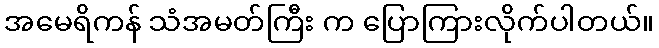
အမေရိကန် သံအမတ်ကြီး က ပြောကြားလိုက်ပါတယ်။